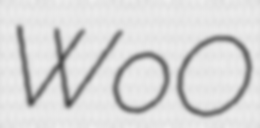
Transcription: WoO